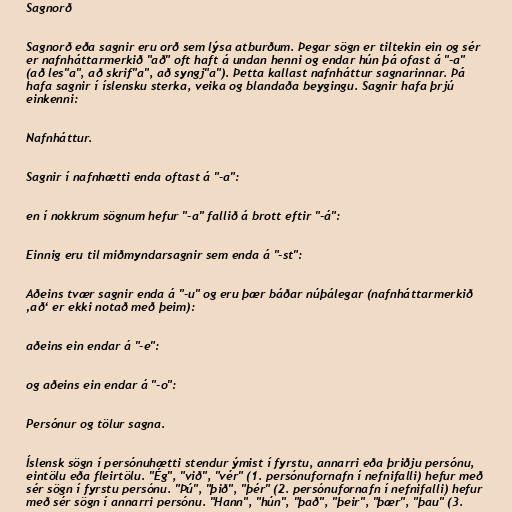
Sagnorð

Sagnorð eða sagnir eru orð sem lýsa atburðum. Þegar sögn er tiltekin ein og sér
er nafnháttarmerkið "að" oft haft á undan henni og endar hún þá ofast á "-a"
(að les"a", að skrif"a", að syngj"a"). Þetta kallast nafnháttur sagnarinnar. Þá
hafa sagnir í íslensku sterka, veika og blandaða beygingu. Sagnir hafa þrjú
einkenni:

Nafnháttur.

Sagnir í nafnhætti enda oftast á "-a":

en í nokkrum sögnum hefur "-a" fallið á brott eftir "-á":

Einnig eru til miðmyndarsagnir sem enda á "-st":

Aðeins tvær sagnir enda á "-u" og eru þær báðar núþálegar (nafnháttarmerkið
‚að‘ er ekki notað með þeim):

aðeins ein endar á "-e":

og aðeins ein endar á "-o":

Persónur og tölur sagna.

Íslensk sögn í persónuhætti stendur ýmist í fyrstu, annarri eða þriðju persónu,
eintölu eða fleirtölu. "Ég", "við", "vér" (1. persónufornafn í nefnifalli) hefur með
sér sögn í fyrstu persónu. "Þú", "þið", "þér" (2. persónufornafn í nefnifalli) hefur
með sér sögn í annarri persónu. "Hann", "hún", "það", "þeir", "þær", "þau" (3.